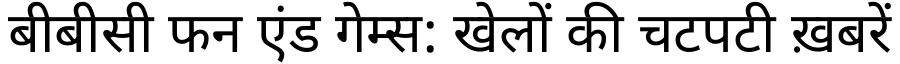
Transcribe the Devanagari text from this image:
बीबीसी फन एंड गेम्स: खेलों की चटपटी ख़बरें